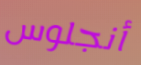
أنجلوس